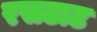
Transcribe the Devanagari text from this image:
रसटाट